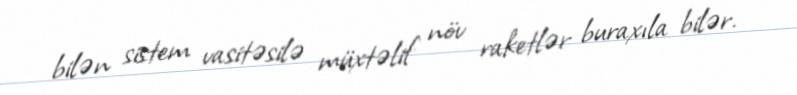
bilən sistem vasitəsilə müxtəlif növ raketlər buraxıla bilər.